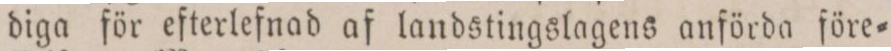
diga för efterlefnad af landstingslagens anförda före=